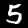
Digit: 5